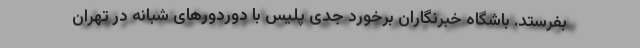
بفرستد. باشگاه خبرنگاران برخورد جدی پلیس با دوردورهای شبانه در تهران